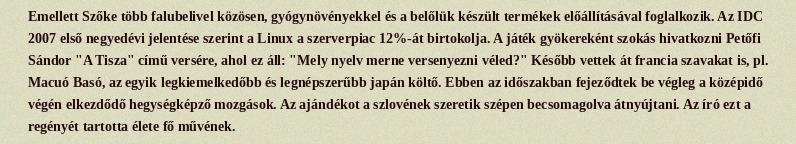
Emellett Szőke több falubelivel közösen, gyógynövényekkel és a belőlük készült termékek előállításával foglalkozik. Az IDC 2007 első negyedévi jelentése szerint a Linux a szerverpiac 12%-át birtokolja. A játék gyökereként szokás hivatkozni Petőfi Sándor "A Tisza" című versére, ahol ez áll: "Mely nyelv merne versenyezni véled?" Később vettek át francia szavakat is, pl. Macuó Basó, az egyik legkiemelkedőbb és legnépszerűbb japán költő. Ebben az időszakban fejeződtek be végleg a középidő végén elkezdődő hegységképző mozgások. Az ajándékot a szlovének szeretik szépen becsomagolva átnyújtani. Az író ezt a regényét tartotta élete fő művének.